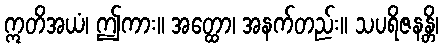
ဣတိအယံ၊ ဤကား။ အတ္ထော၊ အနက်တည်း။ သပရိဇနန္တိ၊